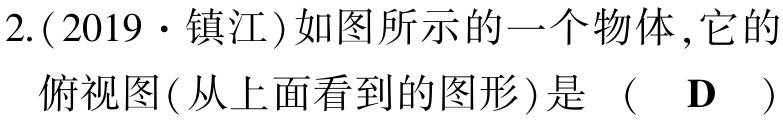
2.(2019·镇江)如图所示的一个物体,它的
俯视图(从上面看到的图形)是 （ D ）